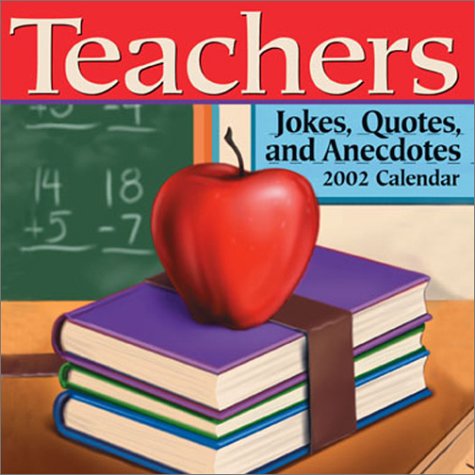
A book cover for Teachers:  Jokes, Quotes, and Anecdotes 2002 Day-To-Day Calendar; Calen; Calendars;